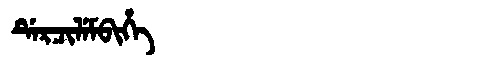
Manchu: ᡩᡝᡵᠴᡳᠯᡝᠮᠪᡳᡥᡝ
Romanization: DERCILEMBIHE